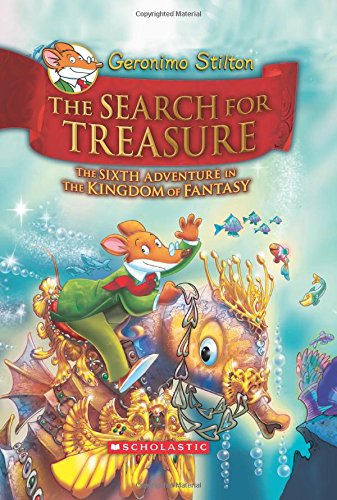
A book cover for Geronimo Stilton and the Kingdom of Fantasy #6: The Search for Treasure; Geronimo Stilton; Children's Books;